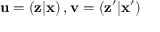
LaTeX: \mathbf { u } = \left( \mathbf { z } | \mathbf { x } \right) , \mathbf { v } = \left( \mathbf { z } ^ { \prime } | \mathbf { x } ^ { \prime } \right)